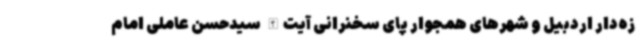
زه‌دار اردبیل و شهرهای همجوار پای سخنرانی آیت‌الله سیدحسن عاملی امام